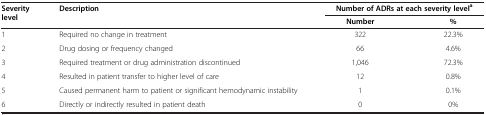
| <ROWSPAN=2> Severity level | <ROWSPAN=2> Description | <COLSPAN=2> Number of ADRs at each severity levela |
 | Number | % |
 | --- | --- | --- | --- |
 | 1 | Required no change in treatment | 322 | 22.3% |
 | 2 | Drug dosing or frequency changed | 66 | 4.6% |
 | 3 | Required treatment or drug administration discontinued | 1,046 | 72.3% |
 | 4 | Resulted in patient transfer to higher level of care | 12 | 0.8% |
 | 5 | Caused permanent harm to patient or significant hemodynamic instability | 1 | 0.1% |
 | 6 | Directly or indirectly resulted in patient death | 0 | 0% |